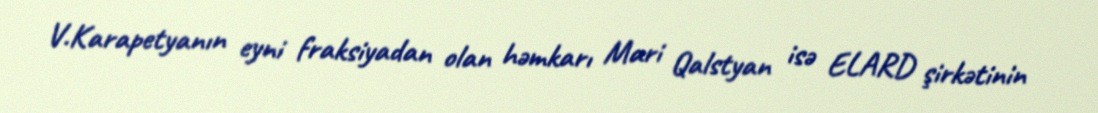
V.Karapetyanın eyni fraksiyadan olan həmkarı Mari Qalstyan isə ELARD şirkətinin